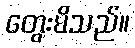
တွေးမိသည်။